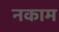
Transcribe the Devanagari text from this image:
नकाम